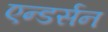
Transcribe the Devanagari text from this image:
एन्डर्सन